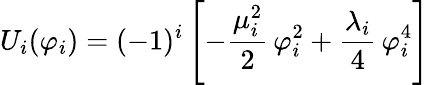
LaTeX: U_{i}(\varphi_{i})=(-1)^{i}\left[-\frac{\mu_{i}^{2}}{2}\, \varphi_{i}^{2}+\frac{\lambda_{i}}{4}\, \varphi_{i}^{4}\right]